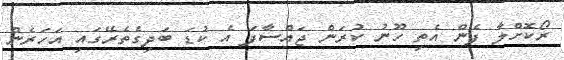
ރޯކޮށްލާ ފެން އެތި ހޫނު ކުރަން ޖައްސާފަ އެ ކުޑަ ބަދިގެތެރޭގައި އަހަރެން